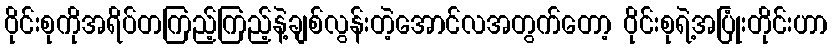
ဝိုင်းစုကိုအရိပ်တကြည့်ကြည့်နဲ့ချစ်လွန်းတဲ့အောင်လအတွက်တော့ ဝိုင်းစုရဲ့အပြုံးတိုင်းဟာ